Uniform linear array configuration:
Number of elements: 32
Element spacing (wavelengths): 0.5
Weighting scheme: kaiser
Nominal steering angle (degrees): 30
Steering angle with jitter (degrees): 31.243
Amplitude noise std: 0.05
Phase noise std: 0.05

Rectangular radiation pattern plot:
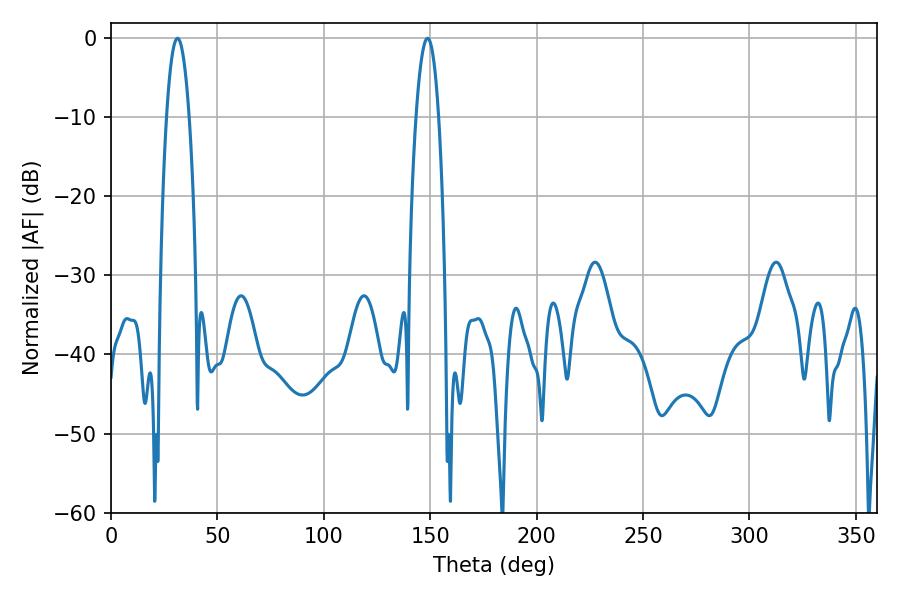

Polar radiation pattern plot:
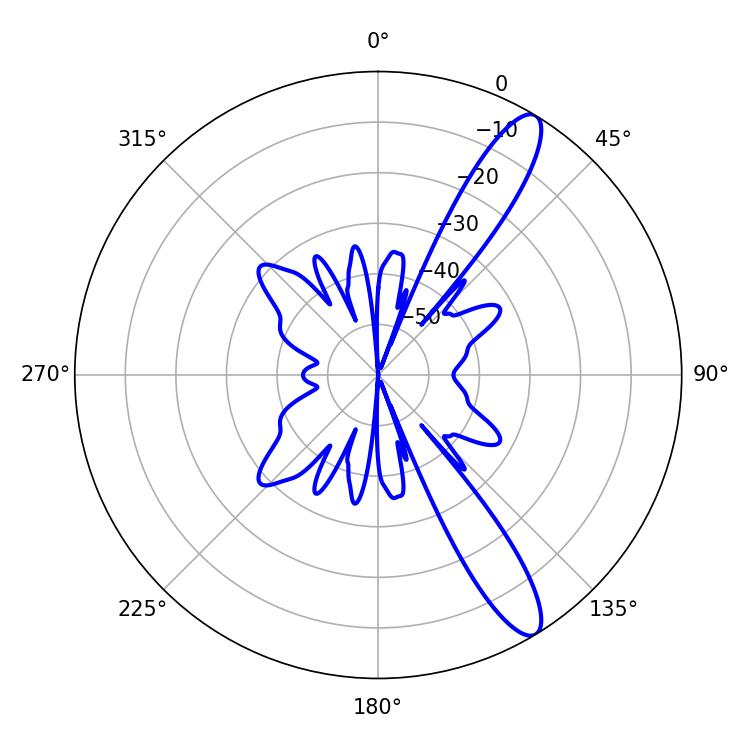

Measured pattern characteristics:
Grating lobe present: FALSE
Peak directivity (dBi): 12.425
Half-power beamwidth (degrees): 5.76
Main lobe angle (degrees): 31.32